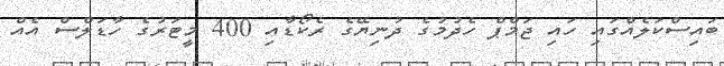
ބައިސްކަލެއްގައި ހައި ޖަމްޕް ހެދުމުގެ ދުނިޔޭގެ ރެކޯޑާއި 400 މީޓަރުގެ ހާޑަލްސް އެއް